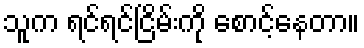
သူက ရင်ရင်ငြိမ်းကို စောင့်နေတာ။